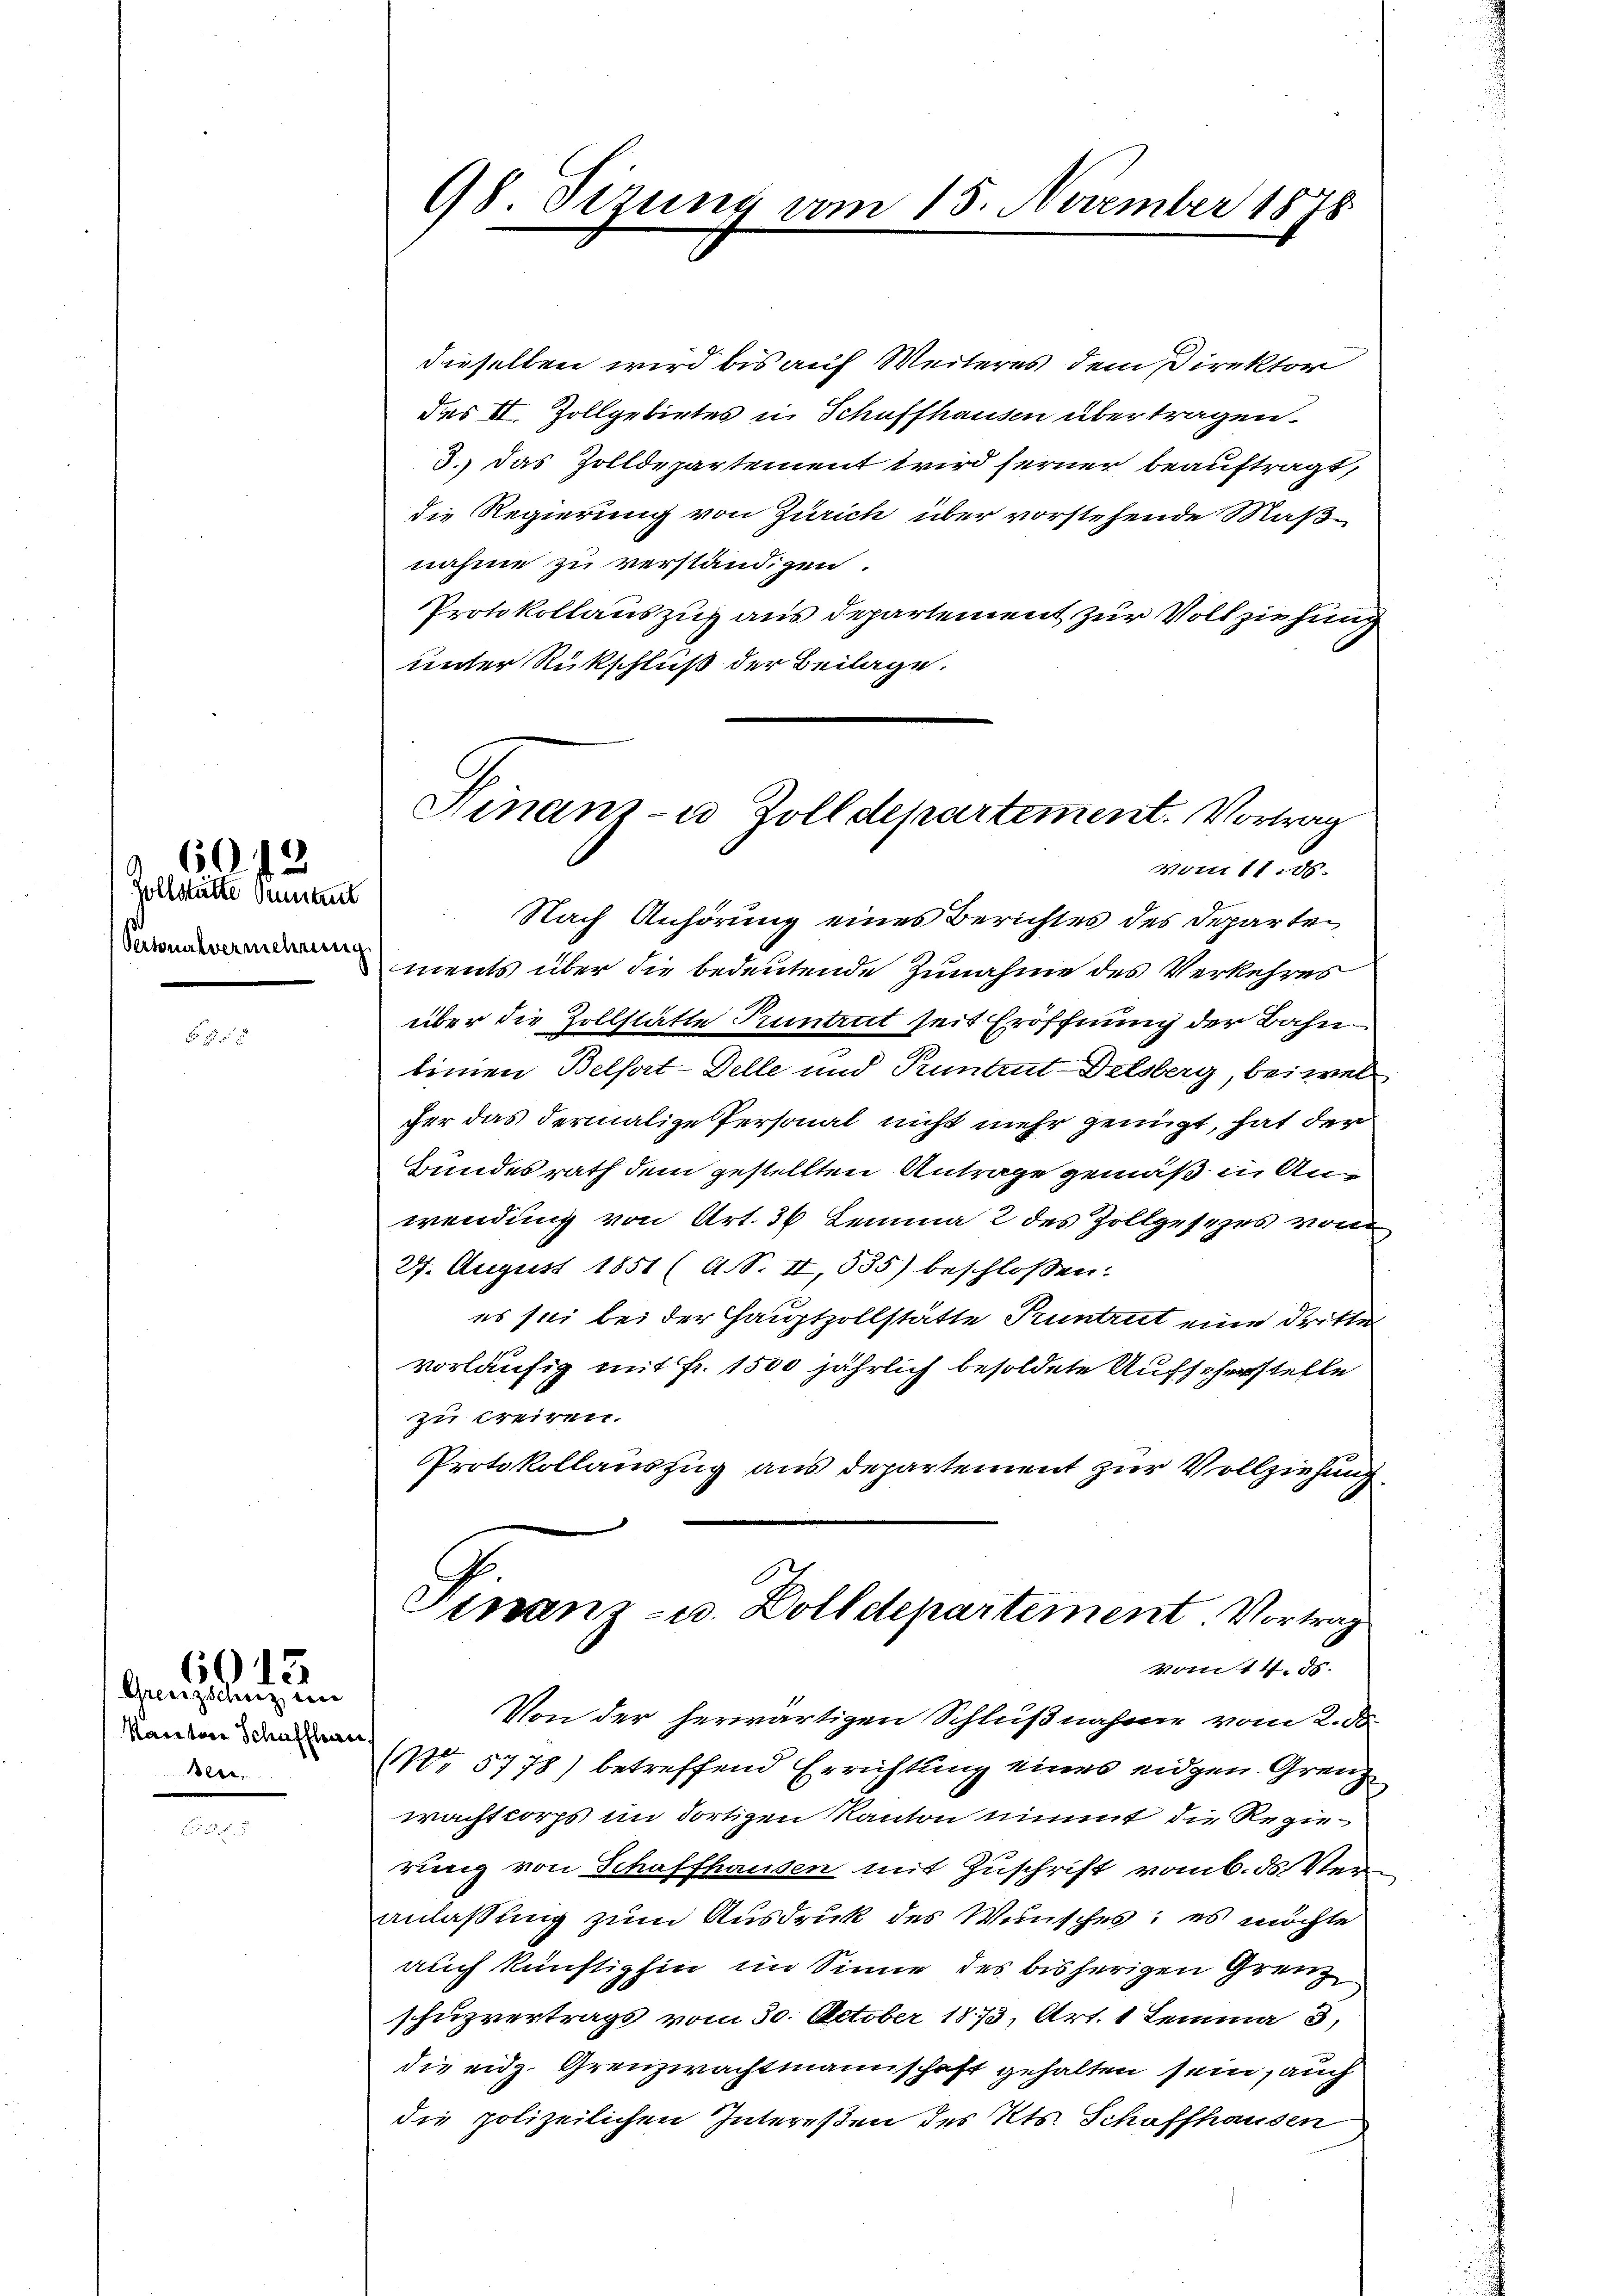
Zollstätte Sentent
Personalvermehrung

602

Grenzscheit im
Kantone Schaffhau
Be

6013

98 Sizung vom 15. November 1848
g

dieselben wird bis auf Weiteres dem Direktor
des II. Zollgebietes in Schaffhausen übertragen.
3. das Zolldepartement wird ferner beauftragt,
die Regierung von Zürich über vorstehende Maßnahme zu verständigen.
Protokollauszug aus Departement zur Vollziehung
unter Rückschluß der Beilage.
ments über die bedeutende Zunahme des Verkehres
über die Zollstätte Pruntrut seit Eröffnung der Bahn
tinen Belfort-Delle und Pruntrut-Delsberg, bei wel
her das dermalige Personal nicht mehr genügt, hat der
Bundesrath dem gestellten Antrage gemäß in Anwendung von Art. 36 Lemma 2 des Zollgesezes von
24. August 1851 (A.S. II, 535) beschlossen:
es sei bei der Hauptzollstätte Pruntrut eine drittel
vorläufig mit Fr. 1500 jährlich besoldete Aufseherstelle
zu treiben.
Protokollauszug aus departement zur Vollziehung
Finanz- u. Dolldepartement Vortrag
Non 14. ds.
Von der herwärtigen Schlußnahme vom 2. ds.
NNo 5778) betreffend Errichtung eines eidgen. Grenzwachtkorps im dortigen Kanton nimmt die Regierung von Schaffhausen mit Zuschrift vom 6. ds Veranlassung zum Ausdruck des Wunsches; es möchte
auch künftighin im Sinne des bisherigen Grenz
schuzvertrags vom 30. October 1873, Art. 1 Lemma 3,
die eidg. Grenzwachtmannschaft gehalten sein, auch
die polizeilichen Intereßen des Kts. Schaffhausen

Hinanz- u. Zolldepartement. Vortrag
Vom 11. ds.
Nach Anhörung eines Berichtes des Departen